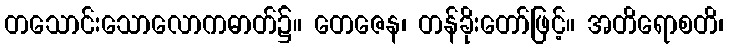
တသောင်းသောလောကဓာတ်၌။ တေဇေန၊ တန်ခိုးတော်ဖြင့်။ အတိရောစတိ၊